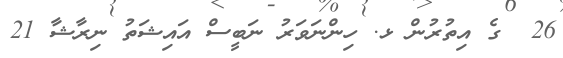
26  ގެ އިތުރުން ޅ. ހިންނަވަރު ނަބީސް އައިޝަތު ނިރާޝާ 21